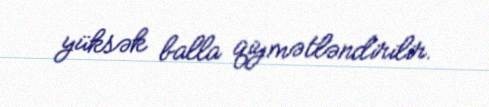
yüksək balla qiymətləndirilir.